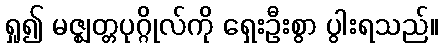
ရှု၍ မဇ္ဈတ္တပုဂ္ဂိုလ်ကို ရှေးဦးစွာ ပွါးရသည်။